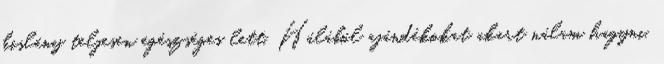
kislány teljesen egészséges lett. Hálából ajándékokat akart nálam hagyni,